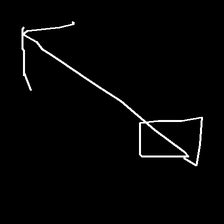
Glyph: focus